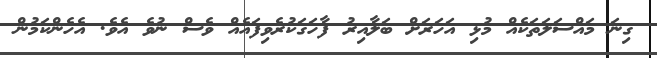
ގިނަ މައްސަލަތަކެއް މުޅި އަހަރަށް ބަލާއިރު ފާހަގަކުރެވިފައެއް ވެސް ނުވެ އެވެ. އެހެންކަމުން